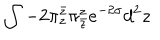
\int - 2 \pi _ { z } ^ { \bar { z } } \pi _ { \bar { z } } ^ { z } e ^ { - 2 \sigma } d ^ { 2 } z